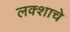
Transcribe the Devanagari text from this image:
लक्शाचे